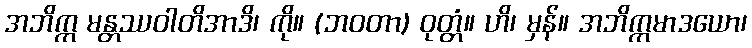
အဘိက္က မန္တဿဝါတိအာဒိ၊ ကို။ (ဘဝတာ) ဝုတ္တံ။ ဟိ၊ မှန်။ အဘိက္ကမာဒယော၊